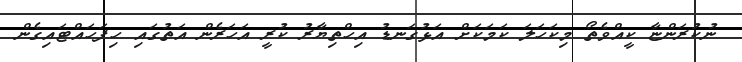
ނުކުރަންޏާ ކީއްވެތޯ މިކަހަލަ ކަމަކަށް އަޅުގަނޑު އިހްތިޔާރު ކުރީ އަހަރެން އަތުގައި ހިފަހައްޓައިގެން